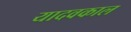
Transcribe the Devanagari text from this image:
यादवकाल